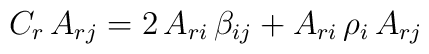
C_r\,A_{rj} = 2\,A_{ri}\,\beta_{ij} + A_{ri}\,\rho_i\,A_{rj}